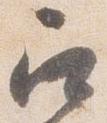
召